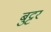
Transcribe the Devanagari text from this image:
बुट्टर